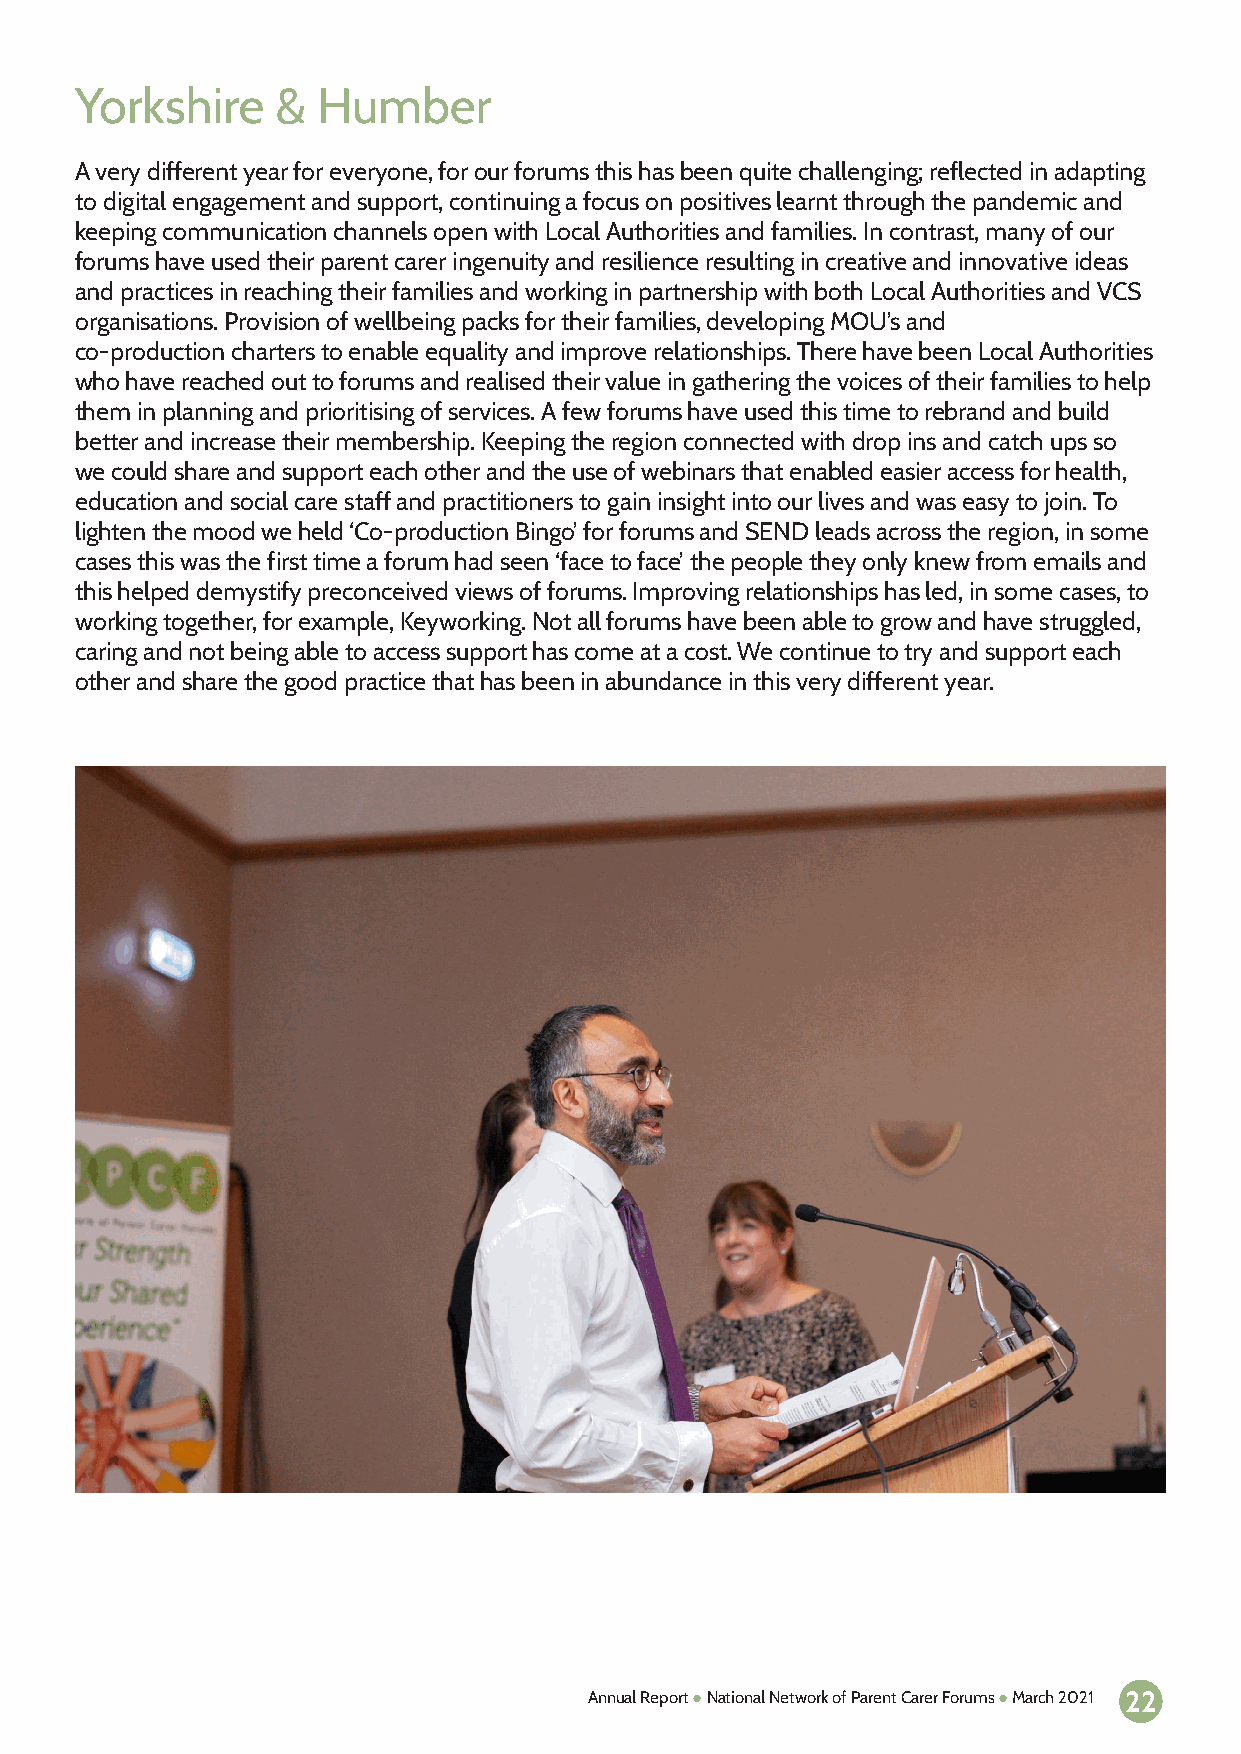
Yorkshire    &  Humber
 A very different year for everyone, for our forums this has been quite challenging; reflected in adapting
 to digital engagement and support, continuing a focus on positives learnt through the pandemic and
 keeping communication channels open with Local Authorities and families. In contrast, many of our
 forums have used their parent carer ingenuity and resilience resulting in creative and innovative ideas
 and practices in reaching their families and working in partnership with both Local Authorities and VCS
 organisations. Provision of wellbeing packs for their families, developing MOU’s and
 co-production charters to enable equality and improve relationships. There have been Local Authorities
 who have reached out to forums and realised their value in gathering the voices of their families to help
 them in planning and prioritising of services. A few forums have used this time to rebrand and build
 better and increase their membership. Keeping the region connected with drop ins and catch ups so
 we could share and support each other and the use of webinars that enabled easier access for health,
 education and social care staff and practitioners to gain insight into our lives and was easy to join. To
 lighten the mood we held ‘Co-production Bingo’ for forums and SEND leads across the region, in some
 cases this was the first time a forum had seen ‘face to face’ the people they only knew from emails and
 this helped demystify preconceived views of forums. Improving relationships has led, in some cases, to
 working together, for example, Keyworking. Not all forums have been able to grow and have struggled,
 caring and not being able to access support has come at a cost. We continue to try and support each
 other and share the good practice that has been in abundance in this very different year.
 Annual Report ● National Network of Parent Carer Forums ● March 2021 22